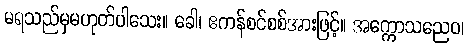
မရသည်မှမဟုတ်ပါသေး။ ခေါ၊ ဧကန်စင်စစ်အားဖြင့်။ အက္ကောသညေဝ၊